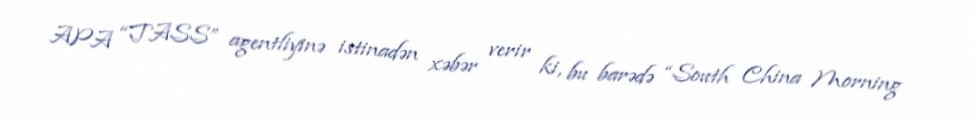
APA “TASS” agentliyinə istinadən xəbər verir ki, bu barədə “South China Morning